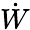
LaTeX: \dot{W}